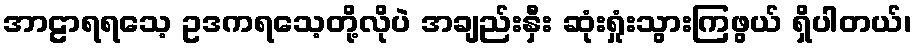
အာဠာရရသေ့ ဥဒကရသေ့တို့လိုပဲ အချည်းနှီး ဆုံးရှုံးသွားကြဖွယ် ရှိပါတယ်၊